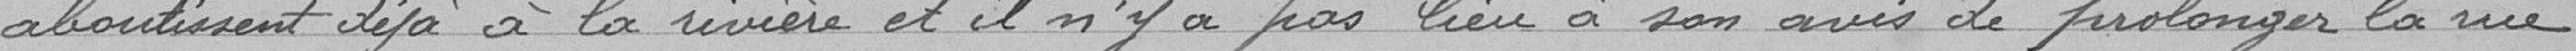
aboutissent déjà à la rivière et il n'y a a pas lieu à son avis de prolonger la rue